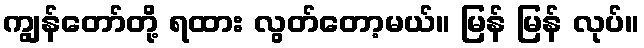
ကျွန်တော်တို့ ရထား လွတ်တော့မယ်။ မြန် မြန် လုပ်။